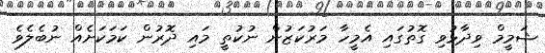
ޝަމީމް ވިދާޅުވި ގޮތުގައި އެމީހާ މަރުކަޒުން ނުކުތީ މައި ދޮރުން ކަމަކަށެއް ނުބެލެވެ